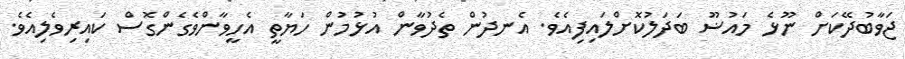
ޖަވާބުދޭކަށް ނޫޅެ މައުޟޫ ބަދަލުކޮށްލައިފިއެވެ. އެނދުން ތެދުވާން އުޅުމުން ހަޔާތީ އެހީވާންވެގެންގޮސް ކައިރިވެލިއެވެ.